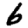
Digit: 6